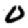
Digit: 0